Leaving Certificate Examination, 1902
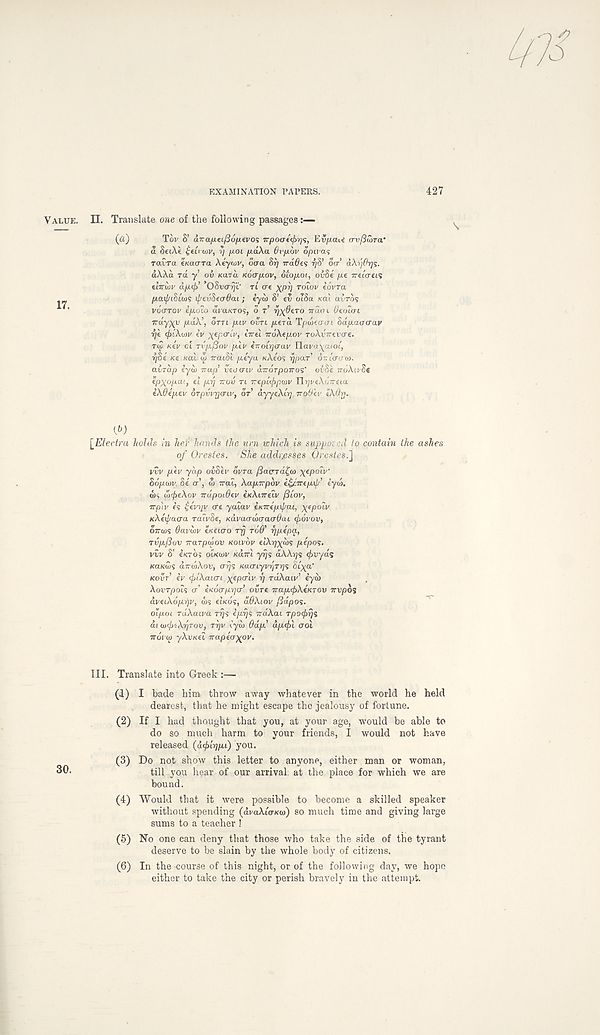
EXAMINATION PAVERS.
427
VALUE.
II. Translate one of the following passages
(a)
Tw S’ dra/uei/Sojuevos Trpoae<f>rj<;, Evpaii avfiCoTa’
a SetXe £tii wv, y juoi /xdXa 6v/x6v optvas
ravra (Kaara \eywv, Sera Sy Trades r/S’ oar’ aXydys.
aXXa TO. y oi Kara Koap-ov, 6'iop.oi, oiSe p.e Truareis
elirdiv dp.<j) ’OSvorij’i' Tt ere )(py TOLOV e’ovra
- „
/xai^tStw? if/evSecrOai ; eyui 8’ ev otSa xai avrds
' ’
VOCTTOV epLolo dvaKTOs, d T rj^dero TTOLO I denial
Trayxy puiX’, dm puv OVTI p-erd. Tpweaai Bdp.aaaav
ye <f>lX(i)v ev yepaiv, tVet irdXepov roXvrrevae.
Ttl xev oi Tvpfiov p.ev erroiyaav Uavo^ami,
yde Ke Kai <5 rratSi p.eya KACOS ypar dr. ter o' a).
airdp eyd> ■nap* veoatv d—OTpoiros' oi’Be ir6Xii/Se
ep^opai, el p.y TTOV TI Trepleppojv Orji/eXoVeta
iXdep.ev drpvvrjaiv, or’ dyyeXiy irpdev 1X0y.
{b)
[Electra holds in her hands the urn which is supposed lo contain the ashes
of Orestes. She addrjesses Orestes.]
vvv pet/ yap ovoev dvra fiacTdt,u> yepolv'
Boporv, Se a\ w rrat, Xaprrpdv efirrepij/’ iyiit.
ws dxfieXov rrapoidev eieXinelv fiiov,
Trpiv es £evyv ae yaiav eKTrepif/ai, j^epolv
KXexj/aaa ralvSe, Kavaawaaadai (jiovov,
OTTWS Oavwv eieeiao rrj rod' ypepa,
rvpfiov Trarpipov KOIVOV elXyylds pepos.
vvv S’ eKTO? ot/ccov Karri yys dXXys ef>vyd$
KaKws dirwXov, ays naaiyvyTys St^a’
KOVT ev (jjiXaiai Repair y TaXaiv’ eyia
XovTpols a’ eiedapya’ ovre TraptfcXeKrov Ttvpos
aveiXopyv, OJS eiKos, ddXiov jddpos-
oipoi rdXaiva rys epys rraXai rpo<f>ys
di uxjjtXyjrov, ryv lyw dap’ dp(f>l aol
irorai yXvieei Trapea\ov.
III. Translate into Greek :—
(1) I bade him throw away whatever in the world he held
dearest, that he might escape the jealousy of fortune.
(2) If I had thought that you, at your age, would be able to
do so much harm to your friends, I would not have
released (d^lypu) you.
(3) Do not show this letter to anyone, either man or woman,
till you hear of our arrival at the place for which we are
bound.
(4) Would that it were possible to become a skilled speaker
without spending (dvaXlaKui) so much time and giving large
sums to a teacher !
(5) No one can deny that those who take the side of the tyrant
deserve to be slain by the whole body of citizens.
(6) In the -course of this night, or of the following day, we hope
either to take the city or perish bravely in the attempt.